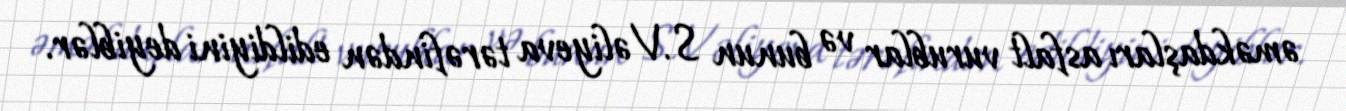
əməkdaşları asfalt vurublar və bunun S.Vəliyeva tərəfindən edildiyini deyiblər.